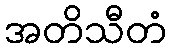
အတိသီတံ